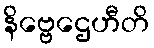
နိဗ္ဗေဌေဟီတိ